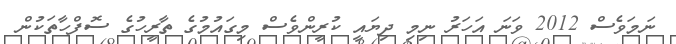
ނަމަވެސް 2012 ވަނަ އަހަރު ނިމި ދިޔައީ ކުރީންވެސް މިގައުމުގެ ތާރީހުގެ ސޮފްހާތަކުން